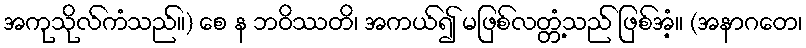
အကုသိုလ်ကံသည်။) စေ န ဘဝိဿတိ၊ အကယ်၍ မဖြစ်လတ္တံ့သည် ဖြစ်အံ့။ (အနာဂတေ၊